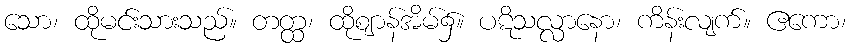
သော၊ ထိုမင်းသားသည်။ တတ္ထ၊ ထိုဈာန်အိမ်၌။ ပဋိသလ္လာနော၊ ကိန်းလျက်။ ဧကော၊